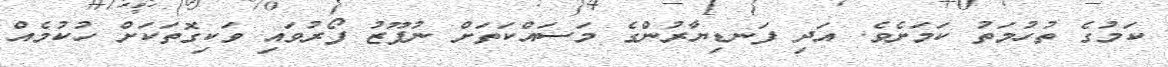
ކަމުގެ ތުހުމަތު ކަމަށެވެ. އަދި ފަނޑިޔާރުންގެ މަސައްކަތަށް ނުފޫޒު ފޯރުވައި ވަކިގޮތަކަށް ހުކުމެއް